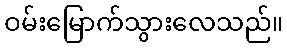
ဝမ်းမြောက်သွားလေသည်။